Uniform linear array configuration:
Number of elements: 16
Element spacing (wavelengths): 0.5
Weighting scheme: blackman
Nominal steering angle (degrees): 60
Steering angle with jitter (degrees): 60.386
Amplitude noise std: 0.05
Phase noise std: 0.05

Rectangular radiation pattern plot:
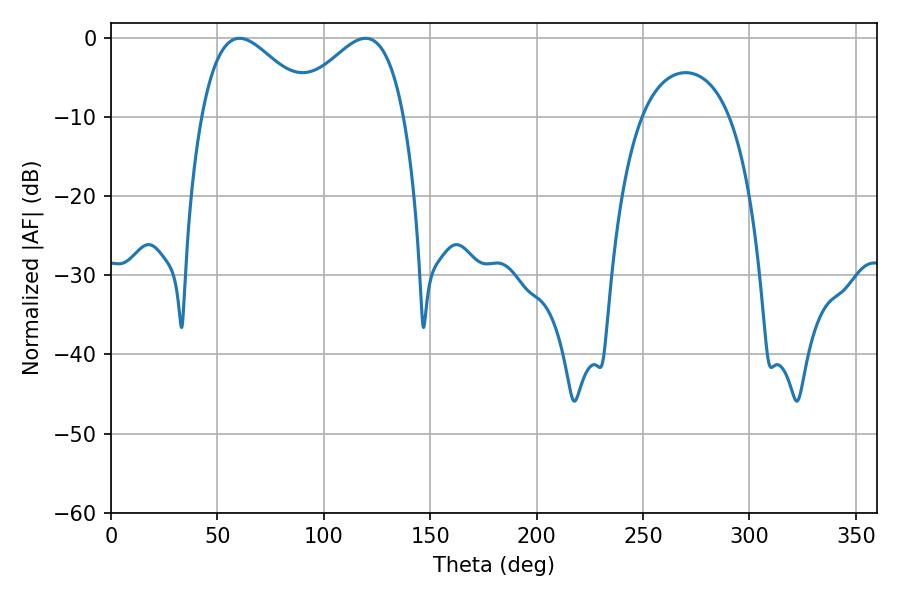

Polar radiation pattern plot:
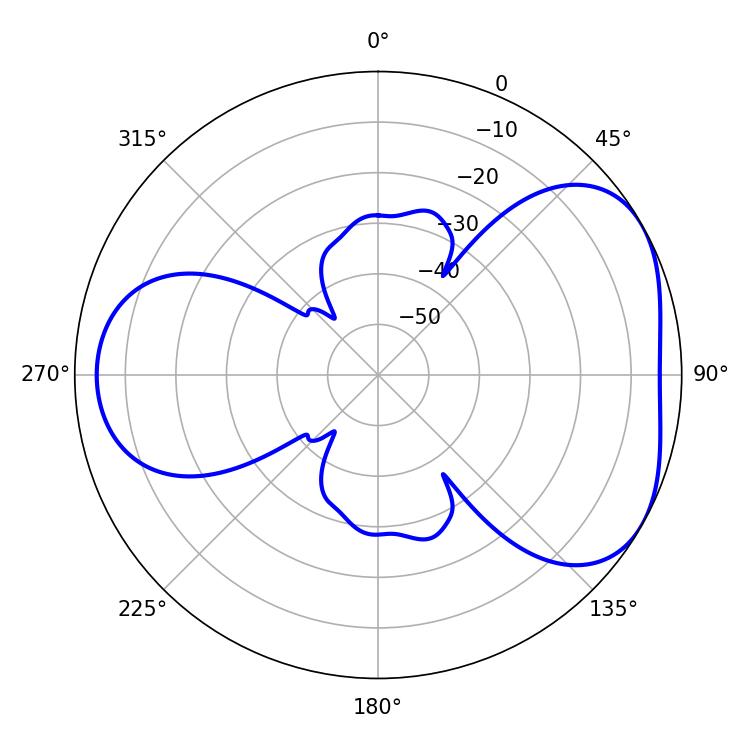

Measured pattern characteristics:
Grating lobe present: FALSE
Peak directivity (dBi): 4.419
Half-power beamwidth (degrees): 28.44
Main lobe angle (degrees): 60.48